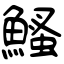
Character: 鰠